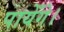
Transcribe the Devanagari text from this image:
पायेँगे।